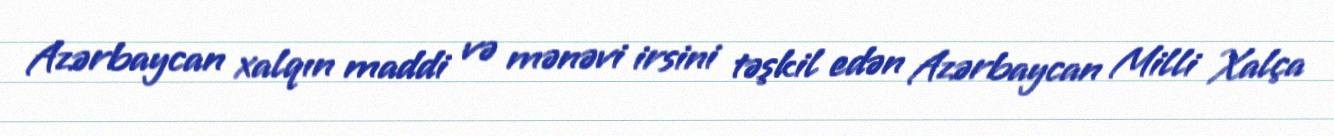
Azərbaycan xalqın maddi və mənəvi irsini təşkil edən Azərbaycan Milli Xalça